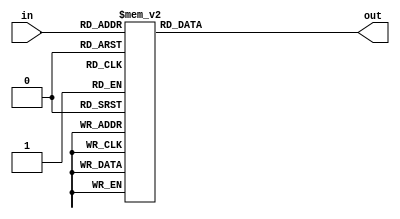
module hexdisplay(
    output reg [7:0] out, input [3:0] in
);

always @(*) begin
    case(in)
        4'b0000: out = 8'b11000000;
        4'b0001: out = 8'b11111001;
        4'b0010: out = 8'b10100100;
        4'b0011: out = 8'b10110000;
        4'b0100: out = 8'b10011001;
        4'b0101: out = 8'b10010010;
        4'b0110: out = 8'b10000010;
        4'b0111: out = 8'b11111000;
        4'b1000: out = 8'b10000000;
        4'b1001: out = 8'b10010000;
        4'b1010: out = 8'b10001000;
        4'b1011: out = 8'b10000011;
        4'b1100: out = 8'b10100111;
        4'b1101: out = 8'b10100001;
        4'b1110: out = 8'b10000110;
        4'b1111: out = 8'b10001110;
    endcase
end
endmodule